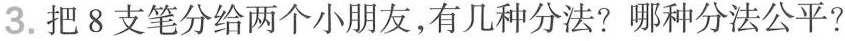
3.把8支笔分给两个小朋友，有几种分法?哪种分法公平?